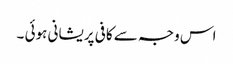
اس وجہ سے کافی پریشانی ہوئی ۔